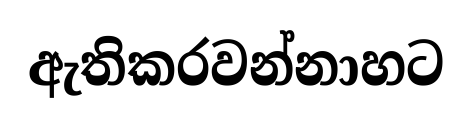
ඇතිකරවන්නාහට